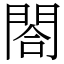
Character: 閤